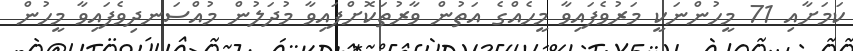
ކަމަށާއި 71 މީހުންނަކީ މަރުވެފައިވާ މީހެއްގެ އަތުން ވާރުތަކޮށްފައިވާ މުދަލުން މުއްސަނދިވެފައިވާ މީހުން